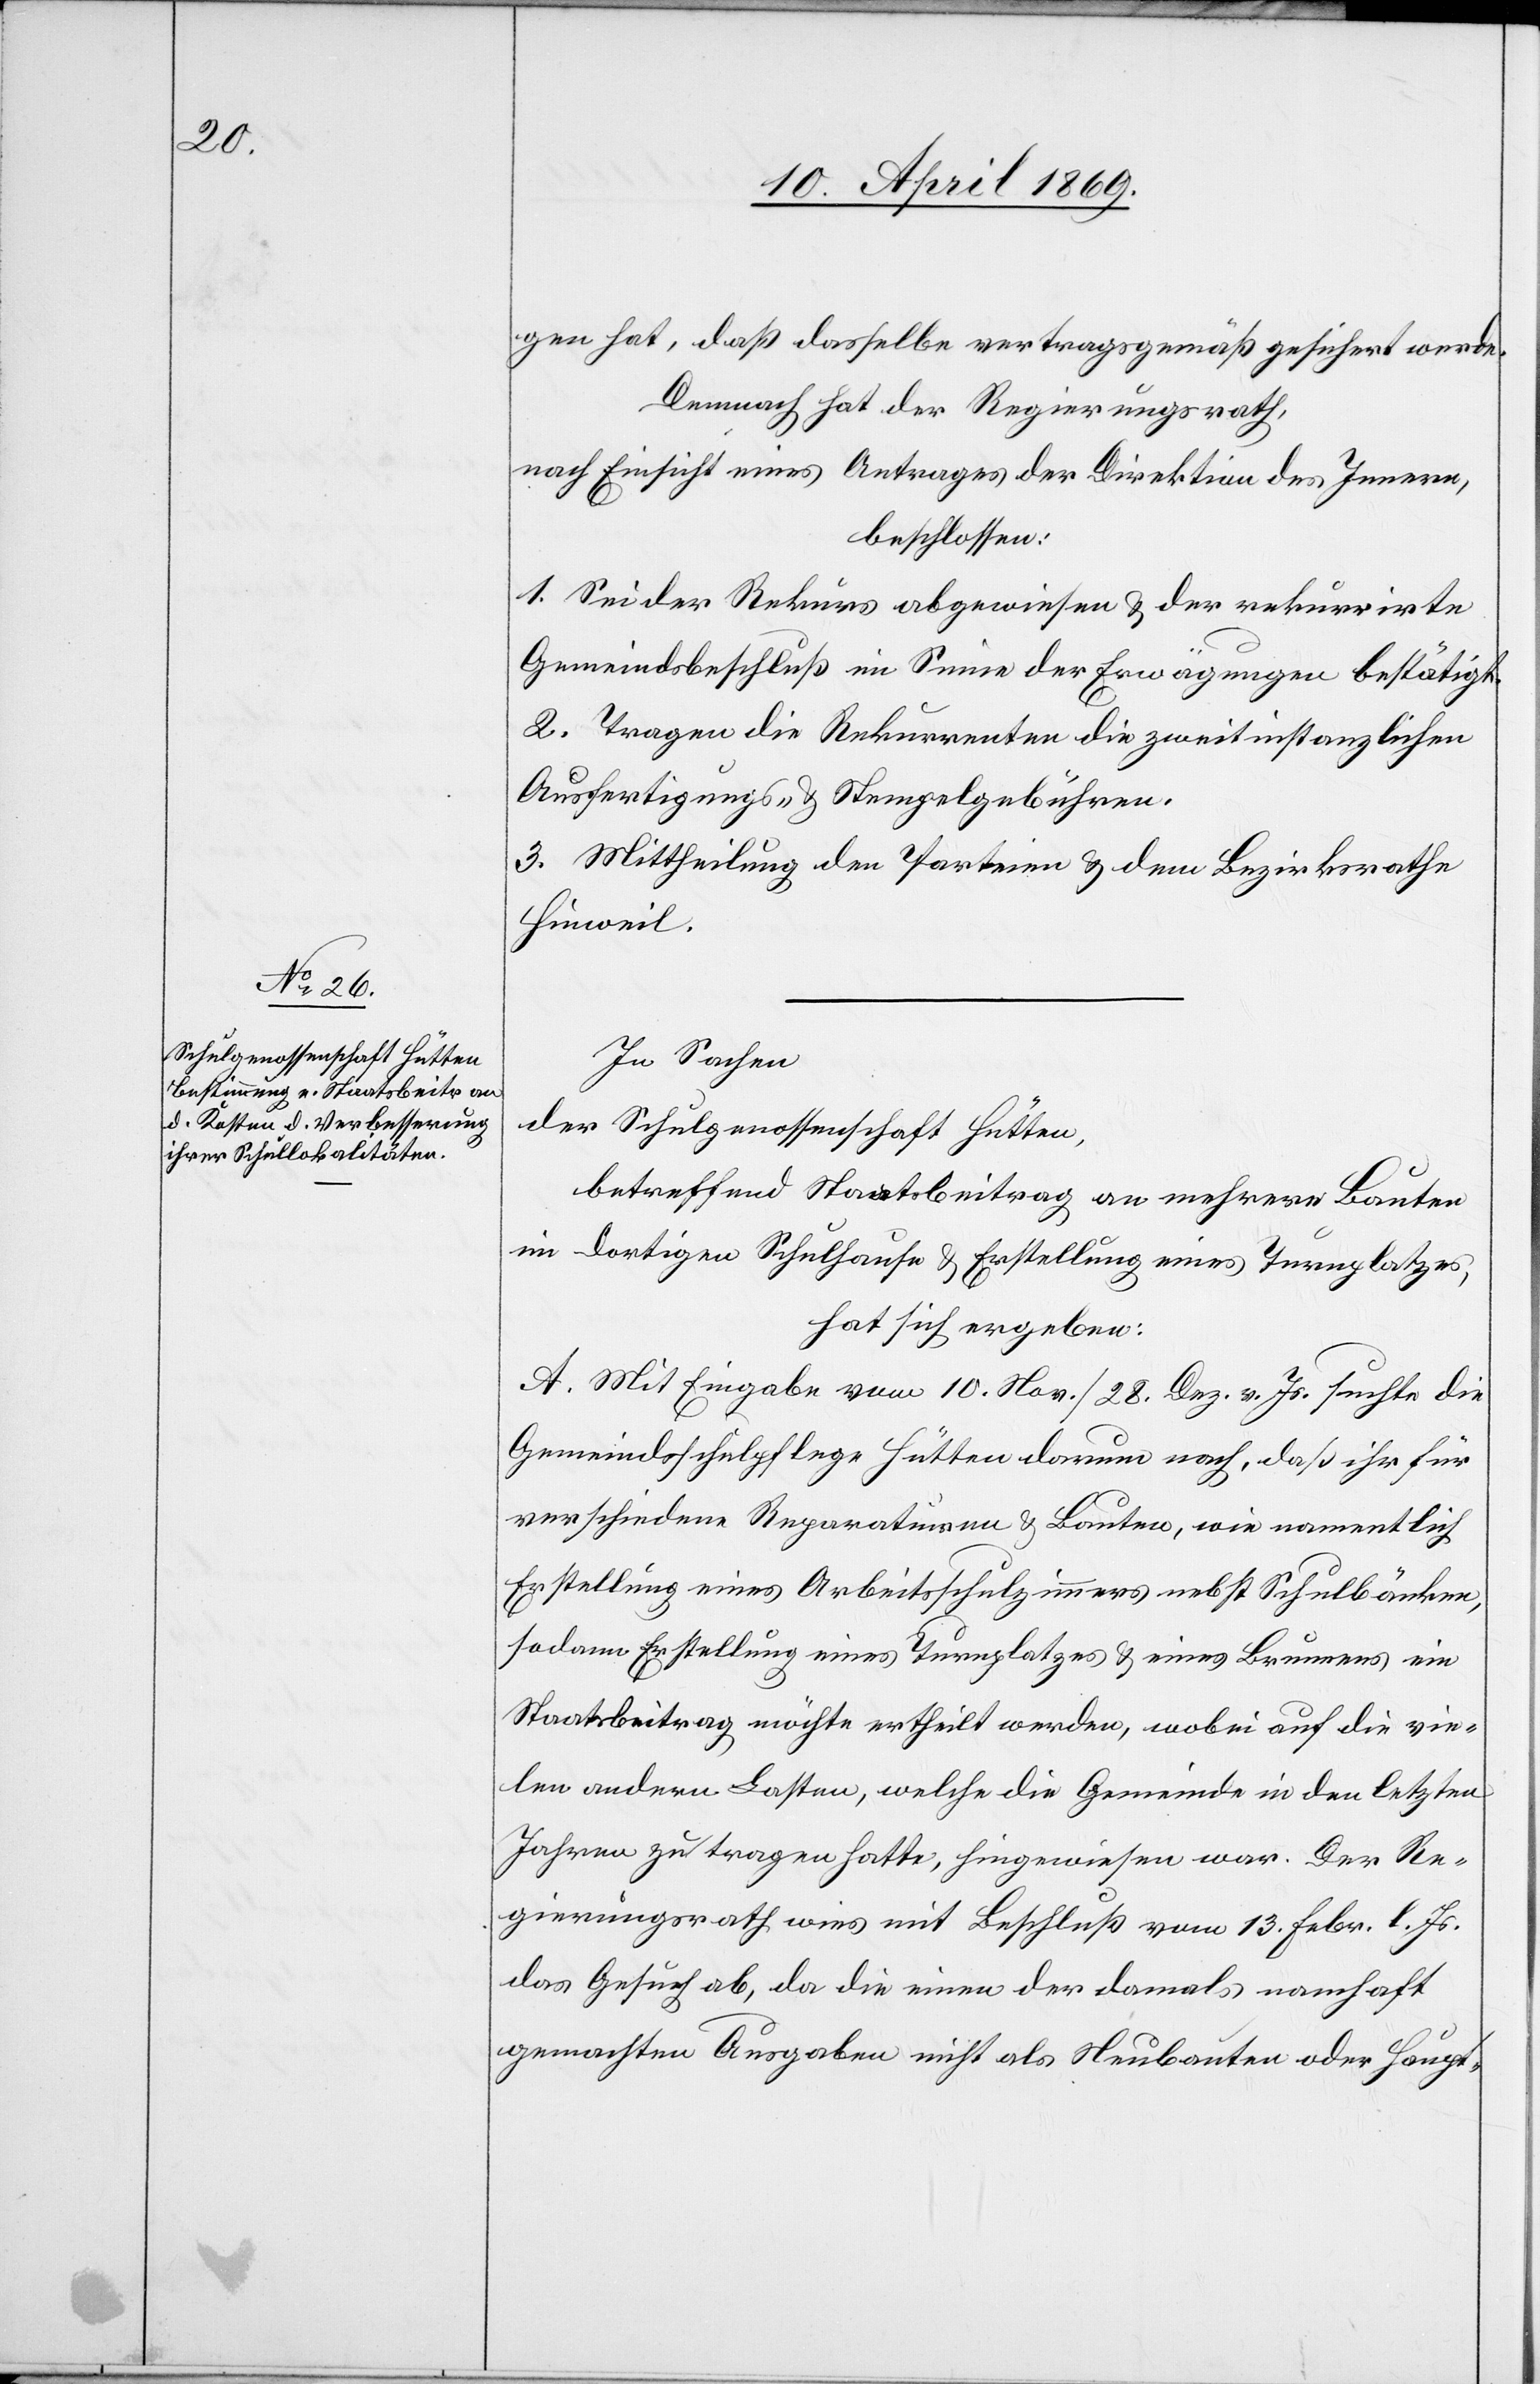
gen hat, daß dasselbe vertragsgemäß gesichert werde.
Demnach hat der Regierungsrath,
nach Einsicht eines Antrages der Direktion des Innern,
beschlossen:
1. Sei der Rekurs abgewiesen & der rekurrirte
Gemeindsbeschluß im Sinne der Erwägungen bestätigt.
2. Tragen die Rekurrenten die zweitinstanzlichen
Ausfertigungs- & Stempelgebühren.
3. Mittheilung den Parteien & dem Bezirksrathe
Hinweil.
In Sachen
der Schulgenossenschaft Hütten,
betreffend Staatsbeitrag an mehrere Bauten
im dortigen Schulhaus u. Erstellung eines Turnplatzes,
hat sich ergeben:
A. Mit Eingabe vom 10. Nov. / 28. Dez v. Js. suchte die
Gemeindschulpflege Hütten darum nach, daß ihr für
verschiedene Reparaturen u. Bauten, wie namentlich
Erstellung eines Arbeitszimmers nebst Schulbänken,
sodann Erstellung eines Turnplatzes u. eines Brunnens ein
Staatsbeitrag möchte ertheilt werden, wobei auf die vie¬
len andern Lasten, welche die Gemeinde in den letzten
Jahren zu tragen hatte, hingewiesen war. Der Re¬
gierungsrath wies mit Beschluß vom 13. Febr. l. Js.
das Gesuch ab, da die einen der damals namhaft
gemachten Ausgaben nicht als Neubauten oder Haupt-